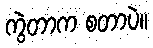
ကွဲတာက စတာပဲ။